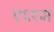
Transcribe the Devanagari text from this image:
ए६एम